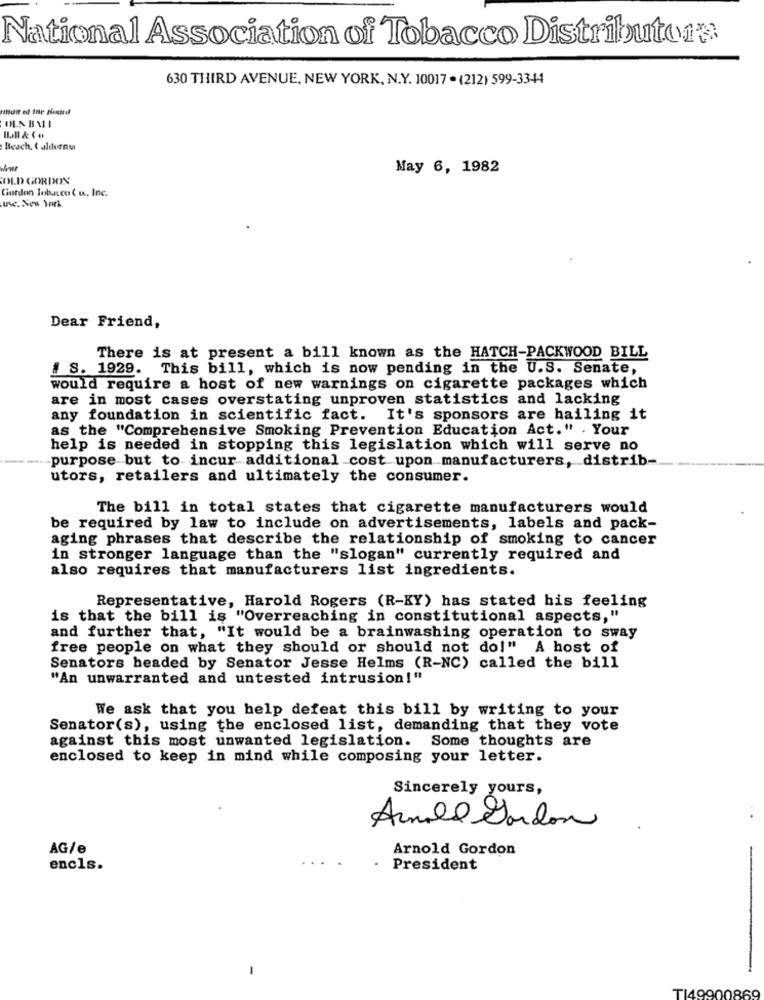
National Association of Tobacco Distributors
630 THIRD AVENUE, NEW YORK, N.Y. 10017 . (212) 599-3344
Beach, & alfornu
May 6, 1982
SOLD GORDON
Ciurdon lobanco ( w .. Inc.
Une. Na )
Dear Friend,
There is at present a bill known as the HATCH-PACKWOOD BILL
# S. 1929. This bill, which is now pending in the U.S. Senate,
would require a host of new warnings on cigarette packages which
are in most cases overstating unproven statistics and lacking
any foundation in scientific fact. It's sponsors are hailing it
as the "Comprehensive Smoking Prevention Education Act." . Your
help is needed in stopping this legislation which will serve no
purpose but to incur additional cost upon manufacturers, distrib-
utors, retailers and ultimately the consumer.
The bill in total states that cigarette manufacturers would
be required by law to include on advertisements, labels and pack-
aging phrases that describe the relationship of smoking to cancer
in stronger language than the "slogan" currently required and
also requires that manufacturers list ingredients.
Representative, Harold Rogers (R-KY) has stated his feeling
is that the bill is "Overreaching in constitutional aspects,"
and further that, "It would be a brainwashing operation to sway
free people on what they should or should not do!" A host of
Senators headed by Senator Jesse Helms (R-NC) called the bill
"An unwarranted and untested intrusion!"
We ask that you help defeat this bill by writing to your
Senator(s), using the enclosed list, demanding that they vote
against this most unwanted legislation. Some thoughts are
enclosed to keep in mind while composing your letter.
Sincerely yours,
Arnold Gordon
AG/e
Arnold Gordon
encls.
President
T149900869